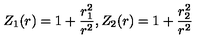
Z _ { 1 } ( r ) = 1 + \frac { r _ { 1 } ^ { 2 } } { r ^ { 2 } } , Z _ { 2 } ( r ) = 1 + \frac { r _ { 2 } ^ { 2 } } { r ^ { 2 } }